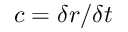
c = \delta r / \delta t